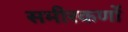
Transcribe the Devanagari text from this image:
समीरकणों